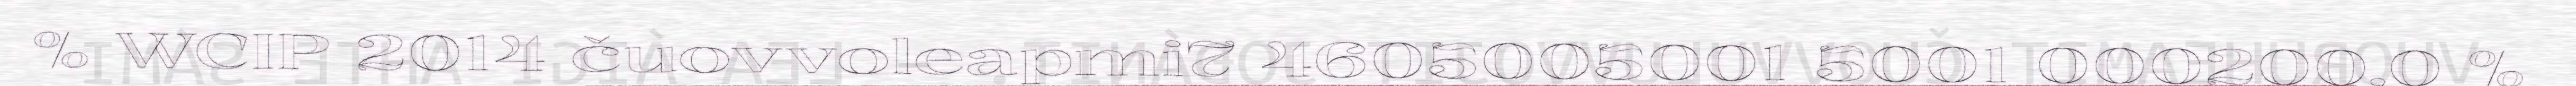
% WCIP 2014 čuovvoleapmi7 4605005001 5001 000200,0 %